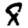
Digit: 8